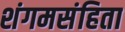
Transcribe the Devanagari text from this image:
शंगमसंहिता